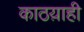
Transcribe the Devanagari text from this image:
काठय़ाही